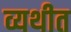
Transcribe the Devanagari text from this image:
व्यथीत